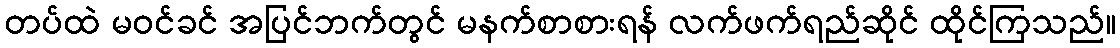
တပ်ထဲ မဝင်ခင် အပြင်ဘက်တွင် မနက်စာစားရန် လက်ဖက်ရည်ဆိုင် ထိုင်ကြသည်။